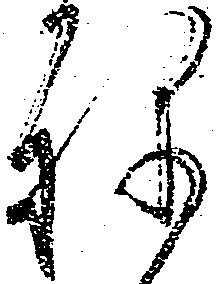
ね